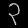
Digit: ၃